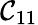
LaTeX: \mathcal{C}_{11}